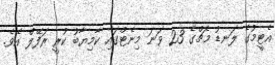
އެޓީމުގެ ލަނޑު މެޗްގެ 23 ވަނަ މިނެޓްގައި ކާމިޔާބު ކުރީ ރަފޭލް އެވެ.